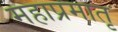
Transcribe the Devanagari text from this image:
महाप्रमातृ